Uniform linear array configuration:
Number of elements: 48
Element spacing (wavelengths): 0.75
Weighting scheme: exponential
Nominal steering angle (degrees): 45
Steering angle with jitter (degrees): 43.214
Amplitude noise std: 0.05
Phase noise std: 0.05

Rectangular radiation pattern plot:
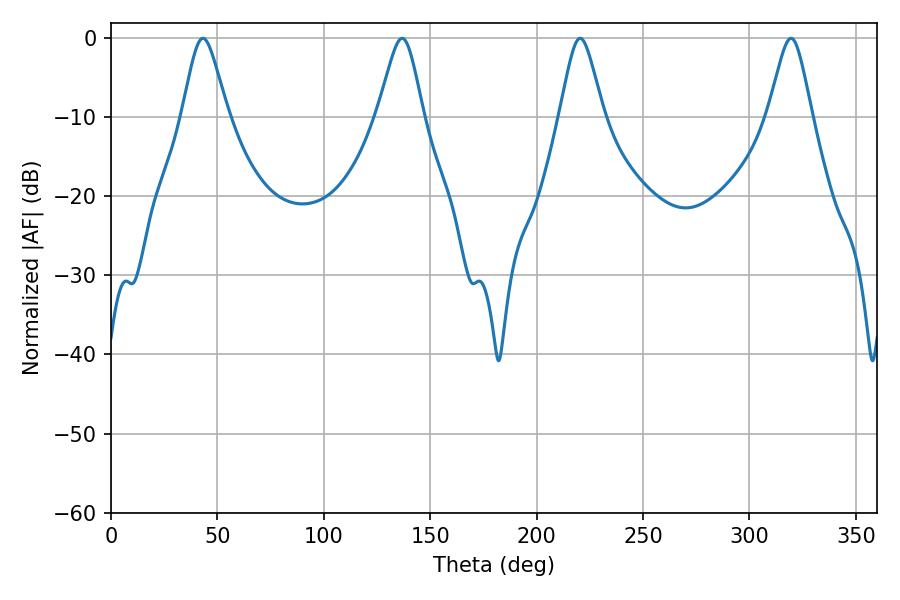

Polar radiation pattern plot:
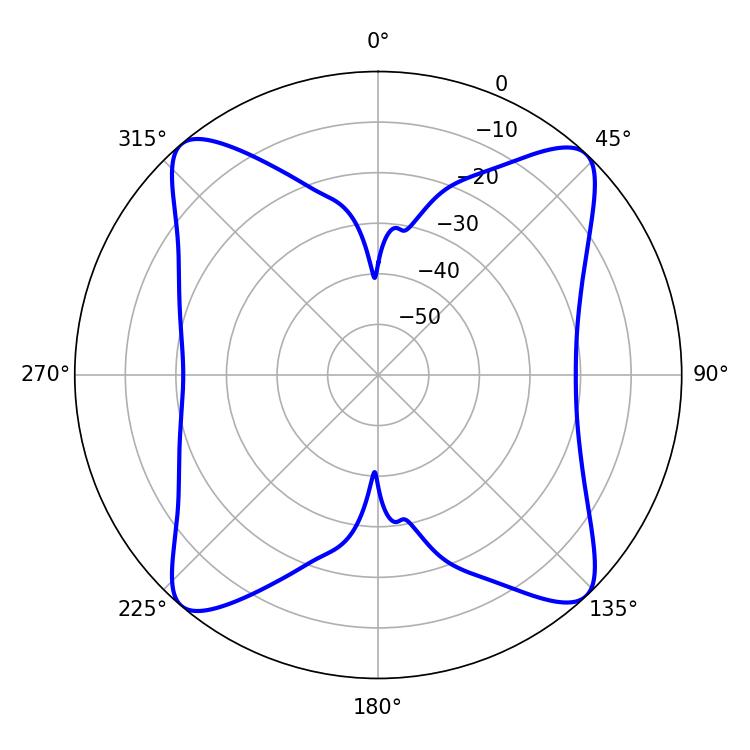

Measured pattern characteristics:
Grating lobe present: TRUE
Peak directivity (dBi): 18.613
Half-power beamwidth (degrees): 10.44
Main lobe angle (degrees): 43.2